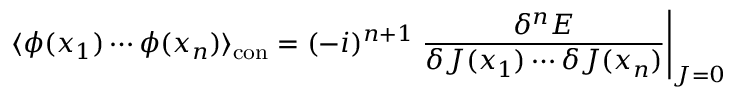
\langle \phi ( x _ { 1 } ) \cdots \phi ( x _ { n } ) \rangle _ { \mathrm { c o n } } = ( - i ) ^ { n + 1 } \left. { \frac { \delta ^ { n } E } { \delta J ( x _ { 1 } ) \cdots \delta J ( x _ { n } ) } } \right| _ { J = 0 }